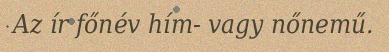
Az ír főnév hím- vagy nőnemű.